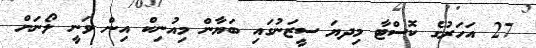
27 އަހަރުގެ ކޮސްޓާ މިދޔަ ސީޒަނުގައި ބަޔާން މިއުނިކް އިން ވަނީ ލޯނަށް